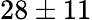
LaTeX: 28\pm 11